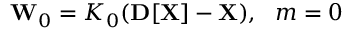
{ \bf W } _ { 0 } = { \cal K } _ { 0 } ( { \bf D } [ { \bf X } ] - { \bf X } ) , ~ ~ m = 0